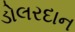
ડોલરદાન